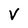
Character: V